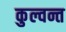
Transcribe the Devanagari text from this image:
कुल्वन्त